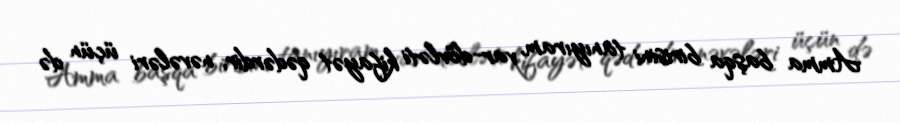
Amma başqa birisini tanıyıram, var-dövləti kifayət qədərdir, nəvələri üçün də